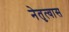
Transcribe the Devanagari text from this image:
नेतृत्वास